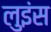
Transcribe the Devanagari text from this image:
लुइंस